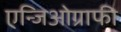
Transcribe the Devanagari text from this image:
एन्जिओग्राफी